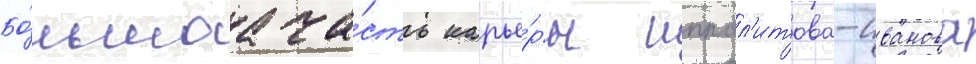
Бо́льшаа ча́сть карье́ры иппол'итова-иванова